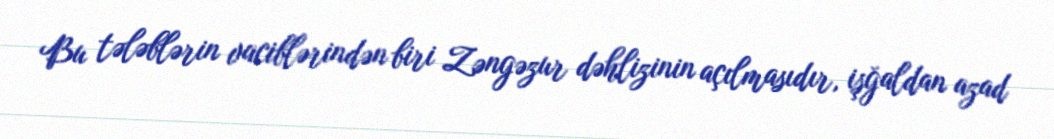
Bu tələblərin vaciblərindən biri Zəngəzur dəhlizinin açılmasıdır, işğaldan azad